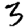
Digit: 3